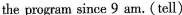
the program since 9 am. (tell)